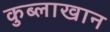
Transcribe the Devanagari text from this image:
कुब्लाखान